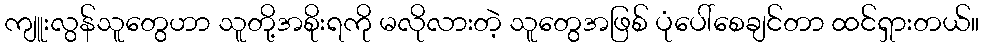
ကျူးလွန်သူတွေဟာ သူတို့အစိုးရကို မလိုလားတဲ့ သူတွေအဖြစ် ပုံပေါ်စေချင်တာ ထင်ရှားတယ်။